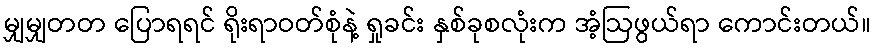
မျှမျှတတ ပြောရရင် ရိုးရာဝတ်စုံနဲ့ ရှုခင်း နှစ်ခုစလုံးက အံ့ဩဖွယ်ရာ ကောင်းတယ်။